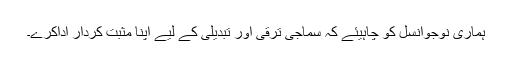
ہماری نوجوانسل کو چاہیئے کہ سماجی ترقی اور تبدیلی کے لیے اپنا مثبت کردار اداکرے۔